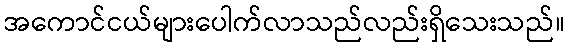
အကောင်ငယ်များပေါက်လာသည်လည်းရှိသေးသည်။